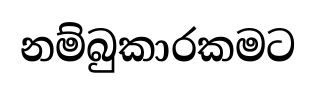
නම්බුකාරකමට